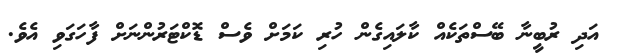
އަދި ރުބީނާ ބޭސްތަކެއް ކާލައިގެން ހުރި ކަމަށް ވެސް ޑޮކްޓަރުންނަށް ފާހަގަވި އެވެ.